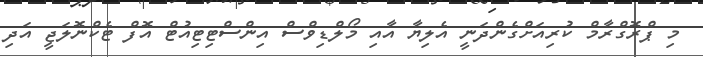
މި ޕްރޮގްރާމް ކުރިއަށްގެންދަނީ އެލިޔާ އާއި މޯލްޑިވްސް އިންސްޓިޓިއުޓް އޮފް ޓެކްނޮލަޖީ އަދި